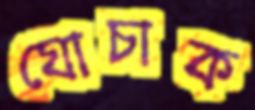
ঘোচাক